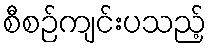
စီစဉ်ကျင်းပသည့်